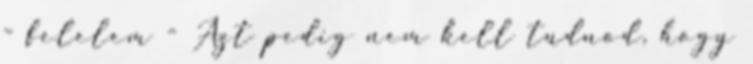
- felelem - Azt pedig nem kell tudnod, hogy